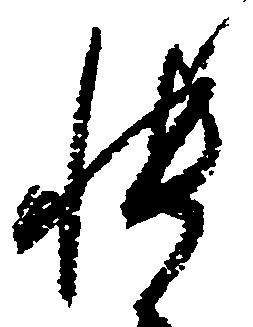
帳